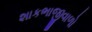
શાકભાજીવાળો